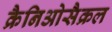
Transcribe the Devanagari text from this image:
क्रैनिओसैक्रल